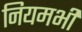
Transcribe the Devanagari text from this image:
नियमभी